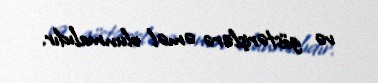
və göstərişlərə əməl olunmalıdır.